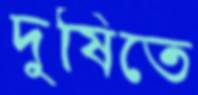
দুষিতে